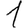
Digit: 1